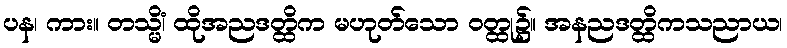
ပန၊ ကား။ တသ္မိံ၊ ထိုအညဒတ္ထိက မဟုတ်သော ဝတ္ထု၌။ အနညဒတ္ထိကသညာယ၊